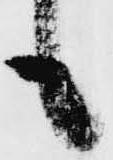
も